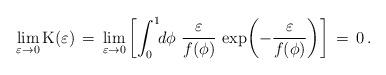
LaTeX: \begin{align*}\lim_{\varepsilon\to 0} {\rm K}(\varepsilon) \,=\, \lim_{\varepsilon\to 0}\left[\int_0^1\!\!d\phi\,\,\frac{ \varepsilon}{f(\phi)}\, \exp{\!\left(-\frac{\varepsilon}{f(\phi)}\right)}\right] \,=\, 0\,.\end{align*}